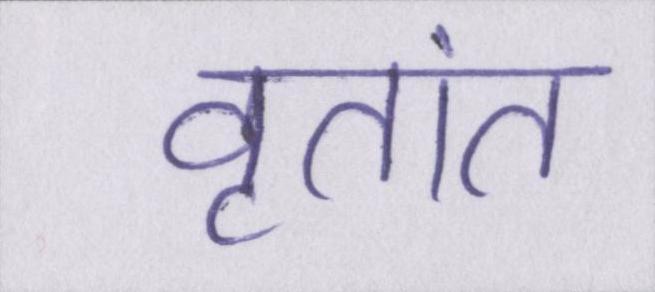
वृतांत